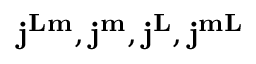
\mathbf { j } ^ { \mathbf { L m } } , \mathbf { j } ^ { \mathbf { m } } , \mathbf { j } ^ { \mathbf { L } } , \mathbf { j } ^ { \mathbf { m L } }